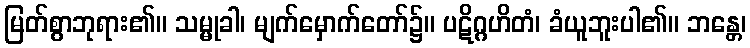
မြတ်စွာဘုရား၏။ သမ္မုခါ၊ မျက်မှောက်တော်၌။ ပဋိဂ္ဂဟိတံ၊ ခံယူဘူးပါ၏။ ဘန္တေ၊